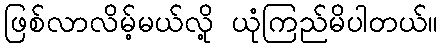
ဖြစ်လာလိမ့်မယ်လို့ ယုံကြည်မိပါတယ်။